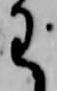
わ